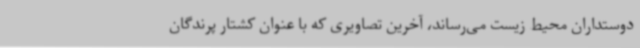
دوستداران محیط زیست می‌رساند، آخرین تصاویری که با عنوان کشتار پرندگان